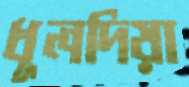
ধূলদিয়া